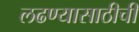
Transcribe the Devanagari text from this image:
लढण्यासाठीची